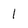
Character: 1